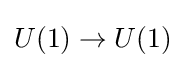
U(1)\to U(1)